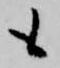
も